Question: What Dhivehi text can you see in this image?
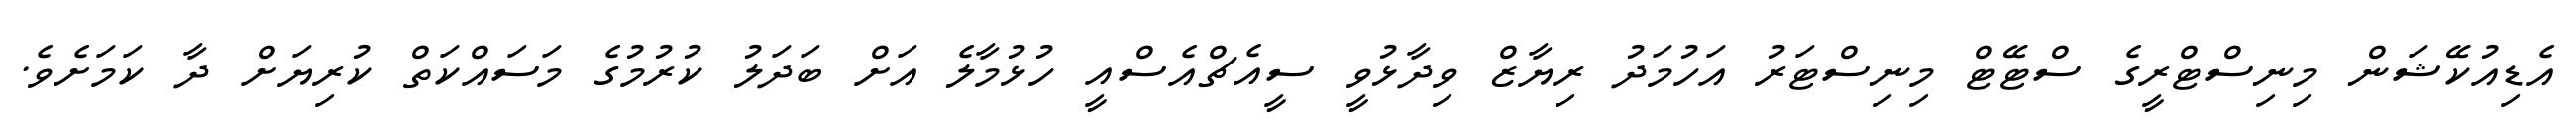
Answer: އެޑިއުކޭޝަން މިނިސްޓްރީގެ ސްޓޭޓް މިނިސްޓަރު އަހުމަދު ރިޔާޒް ވިދާޅުވީ ސީއެޗްއެސްއީ ހުޅުމާލެ އަށް ބަދަލު ކުރުމުގެ މަސައްކަތް ކުރިޔަށް ދާ ކަމަށެވެ.